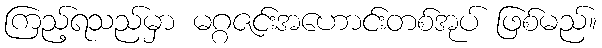
ကြည့်ရသည်မှာ မဂ္ဂဇင်းအဟောင်းတစ်အုပ် ဖြစ်မည်။